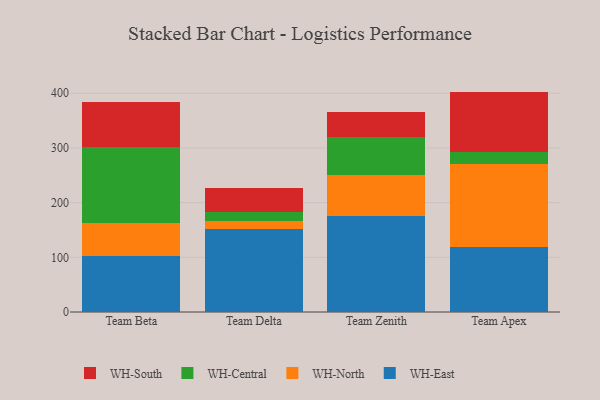
{"axis": {"x": "Team", "y": "Conversion Rate (%)"}, "legend": ["WH-Central", "WH-East", "WH-North", "WH-South"], "data": [{"x": "Team Beta", "y": 102.0, "type": "WH-East"}, {"x": "Team Beta", "y": 61.3, "type": "WH-North"}, {"x": "Team Beta", "y": 139.0, "type": "WH-Central"}, {"x": "Team Beta", "y": 81.2, "type": "WH-South"}, {"x": "Team Delta", "y": 150.9, "type": "WH-East"}, {"x": "Team Delta", "y": 15.2, "type": "WH-North"}, {"x": "Team Delta", "y": 17.6, "type": "WH-Central"}, {"x": "Team Delta", "y": 43.7, "type": "WH-South"}, {"x": "Team Zenith", "y": 175.8, "type": "WH-East"}, {"x": "Team Zenith", "y": 74.7, "type": "WH-North"}, {"x": "Team Zenith", "y": 69.2, "type": "WH-Central"}, {"x": "Team Zenith", "y": 46.3, "type": "WH-South"}, {"x": "Team Apex", "y": 118.9, "type": "WH-East"}, {"x": "Team Apex", "y": 150.9, "type": "WH-North"}, {"x": "Team Apex", "y": 22.4, "type": "WH-Central"}, {"x": "Team Apex", "y": 110.9, "type": "WH-South"}]}